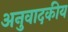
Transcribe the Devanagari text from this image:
अनुवादकीय